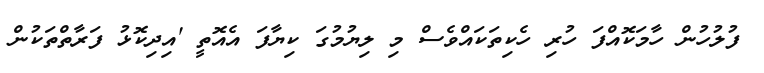
ފުލުހުން ހާމަކޮއްފަ ހުރި ހެކިތަކައްވެސް މި ލިޔުމުގަ ކިޔާފަ އެއޮތީ 'އިދިކޮޅު ފަރާތްތަކުން